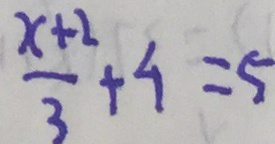
\frac { x + 2 } { 3 } + 4 = 5